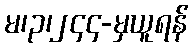
မ၊၃၊၂၄၄-မှယူရန်